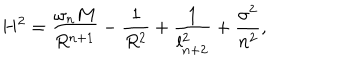
LaTeX: H ^ { 2 } = \frac { \omega _ { n } M } { R ^ { n + 1 } } - \frac { 1 } { R ^ { 2 } } + \frac { 1 } { l _ { n + 2 } ^ { 2 } } + \frac { \sigma ^ { 2 } } { n ^ { 2 } } ,